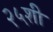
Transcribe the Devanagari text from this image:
२५शी